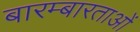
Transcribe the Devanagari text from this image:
बारम्बारताओं